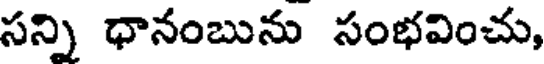
సన్ని ధానంబును సంభవించు,